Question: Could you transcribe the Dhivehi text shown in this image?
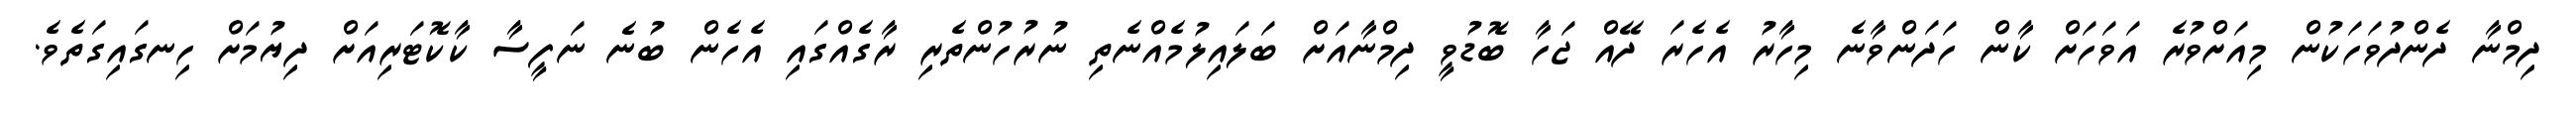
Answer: ދިމްނާ ދެންދުވަހަކުން މިއަށްވުރެ އަވަހަށް ކާން ހަދަންވާނެ މިހާރު އެހެރަ ދޭއް ޖަހާ ބޮޑުވީ ދިމްނާއަށް ބަލައިލުމެއްނެތި ނުރުހުންތެރި ރާގެއްގައި އެހެން ބުނެ ނަފީސާ ކާކޮޓަރިއަށް ދިޔުމަށް ހިނގައިގަތެވެ.